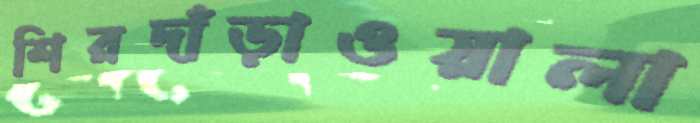
শিরদাঁড়াওয়ালা